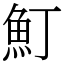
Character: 䰳